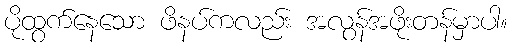
ပိုထွက်နေသော ဖိနပ်ကလည်း အလွန်အဖိုးတန်မှာပါ။